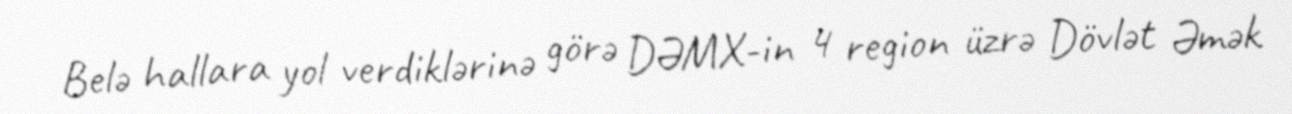
Belə hallara yol verdiklərinə görə DƏMX-in 4 region üzrə Dövlət Əmək